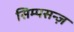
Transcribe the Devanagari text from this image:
सिम्पसन्ज़